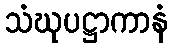
သံဃုပဋ္ဌာကာနံ